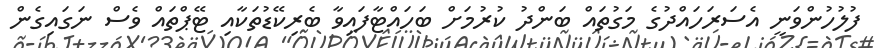
ފުލުހުންވަނީ އެސަރަހައްދުގެ މަގުތައް ބަންދު ކުރުމަށް ބަހައްޓާފައިވާ ބެރިކޭޑުތަކާއި ޓޭޕްތައް ވެސް ނަގައިގެން